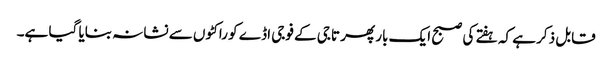
قابل ذکر ہے کہ ہفتے کی صبح ایک بار پھر تاجی کے فوجی اڈے کو راکٹوں سے نشانہ بنایا گیا ہے۔